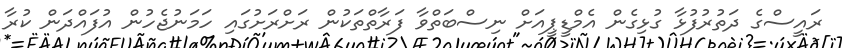
ރައީސްގެ ދަތުރުފުޅާ ގުޅިގެން އެމްޑީޕީއަށް ނިސްބަތްވާ ފަރާތްތަކުން ރަށްރަށުގައި ހަމަނުޖެހުން އުފައްދަން ކުރާ